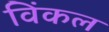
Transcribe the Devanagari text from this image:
विंकल